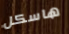
هاسكل